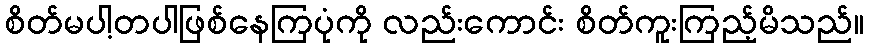
စိတ်မပါ့တပါဖြစ်နေကြပုံကို လည်းကောင်း စိတ်ကူးကြည့်မိသည်။